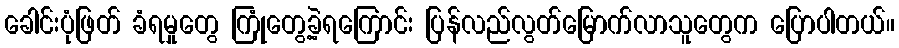
ခေါင်းပုံဖြတ် ခံရမှုတွေ ကြုံတွေ့ခဲ့ရကြောင်း ပြန်လည်လွတ်မြောက်လာသူတွေက ပြောပါတယ်။